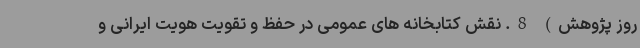
روز پژوهش) 8. نقش کتابخانه های عمومی در حفظ و تقویت هویت ایرانی و